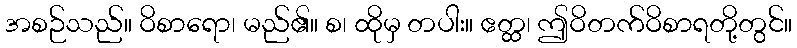
အစဉ်သည်။ ဝိစာရော၊ မည်၏။ စ၊ ထိုမှ တပါး။ ဧတ္ထ၊ ဤဝိတက်ဝိစာရတို့တွင်။